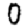
Digit: 0